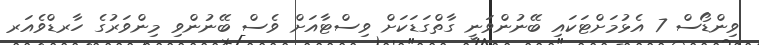
ވިންޑޯސް 7 އެޅުމަށްޓަކައި ބޭނުންވަނީ ގާތްގަޑަކަށް ވިސްޓާއަށް ވެސް ބޭނުންވި މިންވަރުގެ ހާރޑްވެއަރ